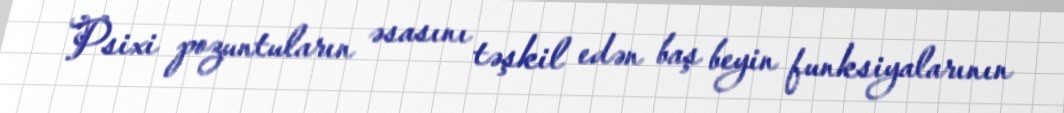
Psixi pozuntuların əsasını təşkil edən baş beyin funksiyalarının